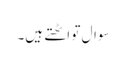
سوال تو اٹھتے ہیں۔